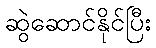
ဆွဲဆောင်နိုင်ပြီး